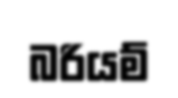
බරියම්